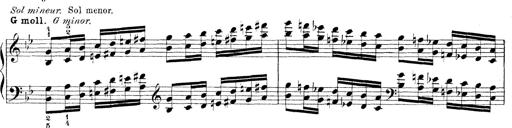
Title: Technische Studien
Composer: Franz Liszt